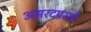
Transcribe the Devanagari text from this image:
अमरदपस्ती